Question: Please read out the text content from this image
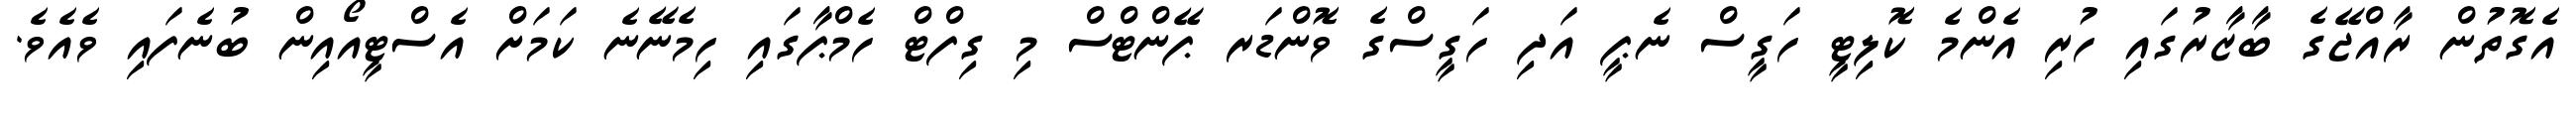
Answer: އެގޮތުން ރާއްޖޭގެ ބާޒާރުގައި ހުރި އެންމެ ކޮލިޓީ ހަގީސް ނެޕީ އަދި ހަގީސްގެ ވޮންޑަރ ޕޭންޓްސް މި ގިފްޓް ހެމްޕާގައި ހިމެނޭނެ ކަމަށް އެސްޓީއޯއިން ބުނެފައި ވެއެވެ.